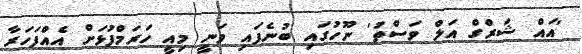
'އައް ޝަރްގް އަލް ވަސްތު' ނޫހުގައި ބުނެފައި ވަނީ މިއީ ހަރަމްފުޅަށް އެއްފަހަރާ